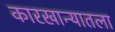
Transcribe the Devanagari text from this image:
कारखान्यातला